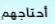
أحتاجهم